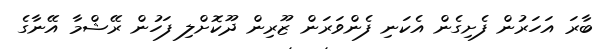
ބާރަ އަހަރުން ފެށިގެން އެކަނި ފެންވަރަން ޒޫރިން ދޫކޮށްލި ފަހުން ރޭޝްމާ އޭނާގެ